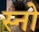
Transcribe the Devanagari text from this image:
स्‍नो